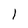
Character: 1